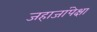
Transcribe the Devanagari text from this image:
जहाजांपेक्षा